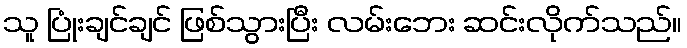
သူ ပြုံးချင်ချင် ဖြစ်သွားပြီး လမ်းဘေး ဆင်းလိုက်သည်။